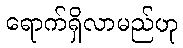
ရောက်ရှိလာမည်ဟု